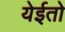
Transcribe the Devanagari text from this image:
येईतो